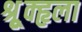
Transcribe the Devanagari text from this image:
श्रूृृक्हृला